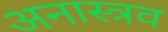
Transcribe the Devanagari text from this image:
अनास्त्रव